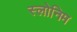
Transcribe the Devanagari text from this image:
स्लोनिम